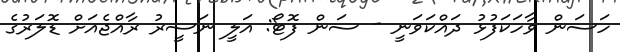
ހަސަން ވާހަކަފުޅު ދައްކަވަނީ - ސަން ފޮޓޯ: އަލީ ނަސީރު ރާއްޖެއަށް ޑޮލަރުގެ